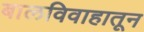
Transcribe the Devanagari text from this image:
बालविवाहातून